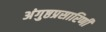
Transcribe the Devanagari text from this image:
अंगुष्ठप्रसारिणी